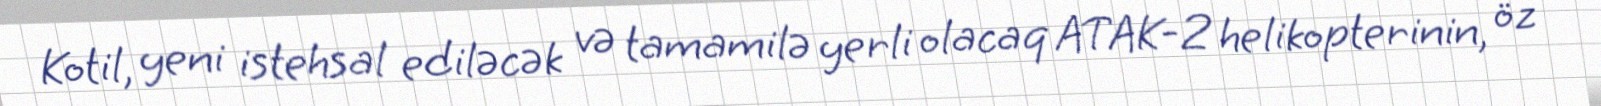
Kotil, yeni istehsal ediləcək və tamamilə yerli olacaq ATAK-2 helikopterinin, öz